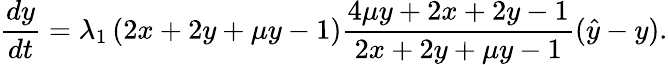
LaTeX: \frac{dy}{dt}=\lambda_{1}\left(2x+2y+\mu y-1\right)\frac{4\mu y+2x+2y-1}{2x+2y+\mu y-1}(\hat{y}-y).